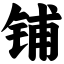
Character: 铺